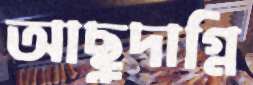
আছুদাগ্নি